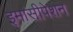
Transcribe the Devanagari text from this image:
इमांसीपेशन